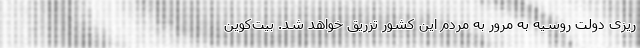
ریزی دولت روسیه به مرور به مردم این کشور تزریق خواهد شد. بیت‌کوین